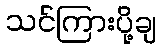
သင်ကြားပို့ချ